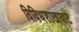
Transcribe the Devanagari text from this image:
विविधशाखावाटे